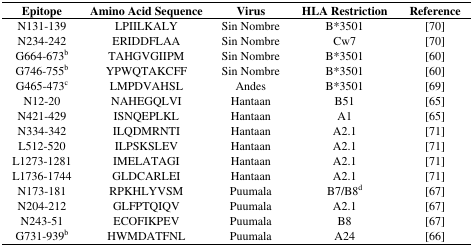
<table><thead><tr><td><b>Epitope</b></td><td><b>Amino Acid Sequence</b></td><td><b>Virus</b></td><td><b>HLA Restriction</b></td><td><b>Reference</b></td></tr></thead><tbody><tr><td>N131–139</td><td>LPIILKALY</td><td>Sin Nombre</td><td>B*3501</td><td>[70]</td></tr><tr><td>N234–242</td><td>ERIDDFLAA</td><td>Sin Nombre</td><td>Cw7</td><td>[70]</td></tr><tr><td>G664–673<sup>b</sup></td><td>TAHGVGIIPM</td><td>Sin Nombre</td><td>B*3501</td><td>[60]</td></tr><tr><td>G746–755<sup>b</sup></td><td>YPWQTAKCFF</td><td>Sin Nombre</td><td>B*3501</td><td>[60]</td></tr><tr><td>G465–473<sup>c</sup></td><td>LMPDVAHSL</td><td>Andes</td><td>B*3501</td><td>[69]</td></tr><tr><td>N12–20</td><td>NAHEGQLVI</td><td>Hantaan</td><td>B51</td><td>[65]</td></tr><tr><td>N421–429</td><td>ISNQEPLKL</td><td>Hantaan</td><td>A1</td><td>[65]</td></tr><tr><td>N334–342</td><td>ILQDMRNTI</td><td>Hantaan</td><td>A2.1</td><td>[71]</td></tr><tr><td>L512–520</td><td>ILPSKSLEV</td><td>Hantaan</td><td>A2.1</td><td>[71]</td></tr><tr><td>L1273–1281</td><td>IMELATAGI</td><td>Hantaan</td><td>A2.1</td><td>[71]</td></tr><tr><td>L1736–1744</td><td>GLDCARLEI</td><td>Hantaan</td><td>A2.1</td><td>[71]</td></tr><tr><td>N173–181</td><td>RPKHLYVSM</td><td>Puumala</td><td>B7/B8<sup>d</sup></td><td>[67]</td></tr><tr><td>N204–212</td><td>GLFPTQIQV</td><td>Puumala</td><td>A2.1</td><td>[67]</td></tr><tr><td>N243–51</td><td>ECOFIKPEV</td><td>Puumala</td><td>B8</td><td>[67]</td></tr><tr><td>G731–939<sup>b</sup></td><td>HWMDATFNL</td><td>Puumala</td><td>A24</td><td>[66]</td></tr></tbody></table>